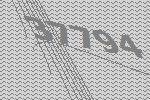
37794